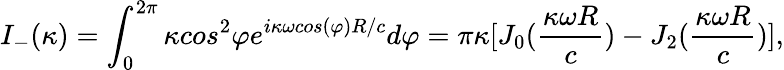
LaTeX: I_{-}(\kappa)=\int_{0}^{2\pi}{\kappa}cos^{2}{\varphi}e^{i\kappa\omega{cos(\varphi)}R/c}d{\varphi}=\pi{\kappa}[J_{0}(\frac{\kappa\omega{R}}{c})-J_{2}(\frac{\kappa\omega{R}}{c})],